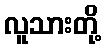
လူသားတို့